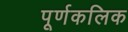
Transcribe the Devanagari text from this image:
पूर्णकलिक